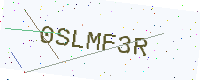
Text: 0SLMF3R